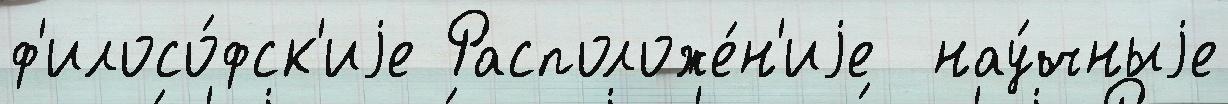
ф'илосо́фск'иjе Расположе́н'иjе  нау́чныjе